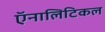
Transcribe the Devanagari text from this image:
ऍनालिटिकल